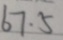
6 7 \cdot 5